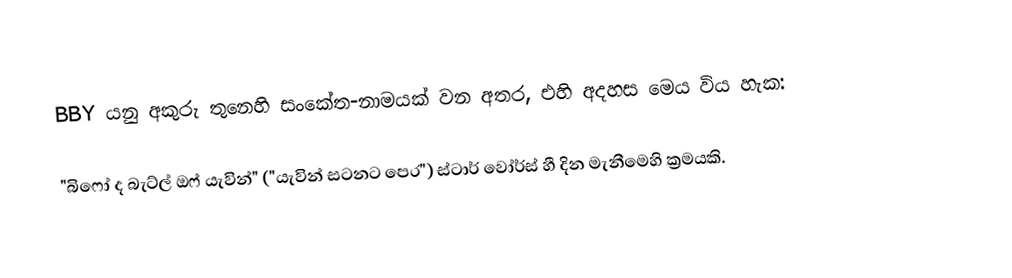
BBY යනු   අකුරු තුනෙහි සංකේත-නාමයක් වන අතර, එහි අදහස මෙය විය හැක:

 "බිෆෝ ද බැට්ල් ඔෆ් යැවින්" ("යැවින් සටනට පෙර") ස්ටාර් වෝර්ස් හී දින මැනීමෙහි ක්‍රමයකි.